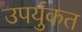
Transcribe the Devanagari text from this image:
उपर्युकत